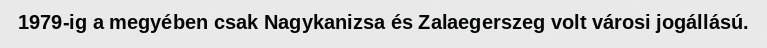
1979-ig a megyében csak Nagykanizsa és Zalaegerszeg volt városi jogállású.